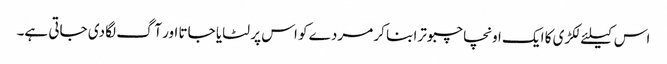
اس کیلئے لکڑی کا ایک اونچا چبوترا بنا کر مردے کو اس پر لٹایا جاتا اور آگ لگا دی جاتی ہے۔